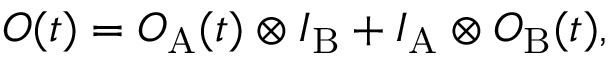
O ( t ) = O _ { \mathrm { A } } ( t ) \otimes I _ { \mathrm { B } } + I _ { \mathrm { A } } \otimes O _ { \mathrm { B } } ( t ) ,